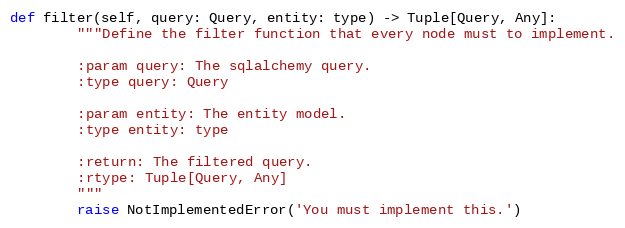
Language: Python
def filter(self, query: Query, entity: type) -> Tuple[Query, Any]:
        """Define the filter function that every node must to implement.

        :param query: The sqlalchemy query.
        :type query: Query

        :param entity: The entity model.
        :type entity: type

        :return: The filtered query.
        :rtype: Tuple[Query, Any]
        """
        raise NotImplementedError('You must implement this.')